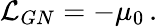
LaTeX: {\cal L}_{GN}=-\mu_{0}\, .